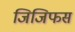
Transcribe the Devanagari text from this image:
जिजिफस